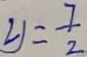
y = \frac { 7 } { 2 }